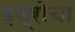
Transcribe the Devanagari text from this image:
इस्रोचा